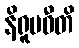
နိရူပဓီတိ